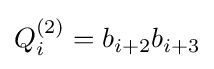
Q_{i}^{(2)}=b_{i+2}b_{i+3}